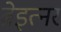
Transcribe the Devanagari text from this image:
ब्रेइत्नर